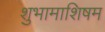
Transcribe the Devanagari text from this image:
शुभामाशिषम